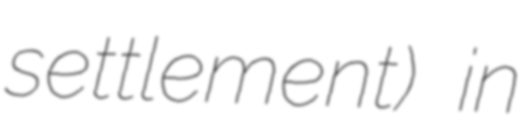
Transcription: settlement) in